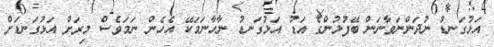
އަޅުގަނޑު ނުދަންނަވާނަން ބޭފުޅުންގެ އަޑު އަޅުގަނޑު ނާހާނަމަކޭ އެހެން ނަމަވެސް މިރަށް އަޅުގަނޑަށް